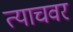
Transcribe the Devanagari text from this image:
त्याचवर